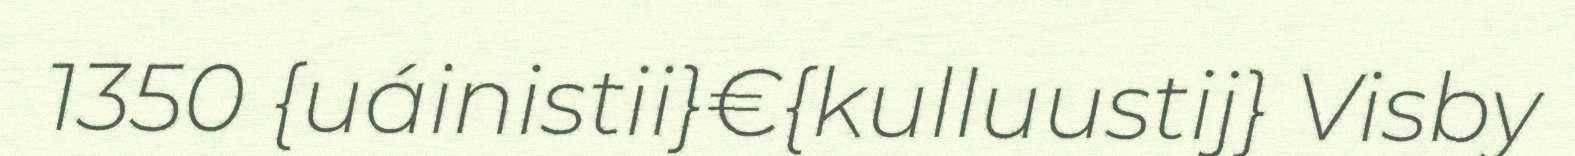
1350 {uáinistii}€{kulluustij} Visby